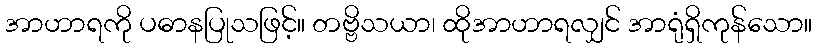
အာဟာရကို ပဓာနပြုသဖြင့်။ တဗ္ဗိသယာ၊ ထိုအာဟာရလျှင် အာရုံရှိကုန်သော။